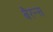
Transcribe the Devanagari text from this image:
बैरन्स